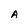
Character: A